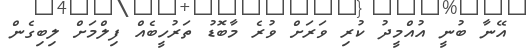
އޭނާ ބުނީ އުއްމީދު ކުރި ވަރަށް ވުރެ މާބޮޑު ތަރުހީބެއް ފިލްމަށް ލިބިގެން